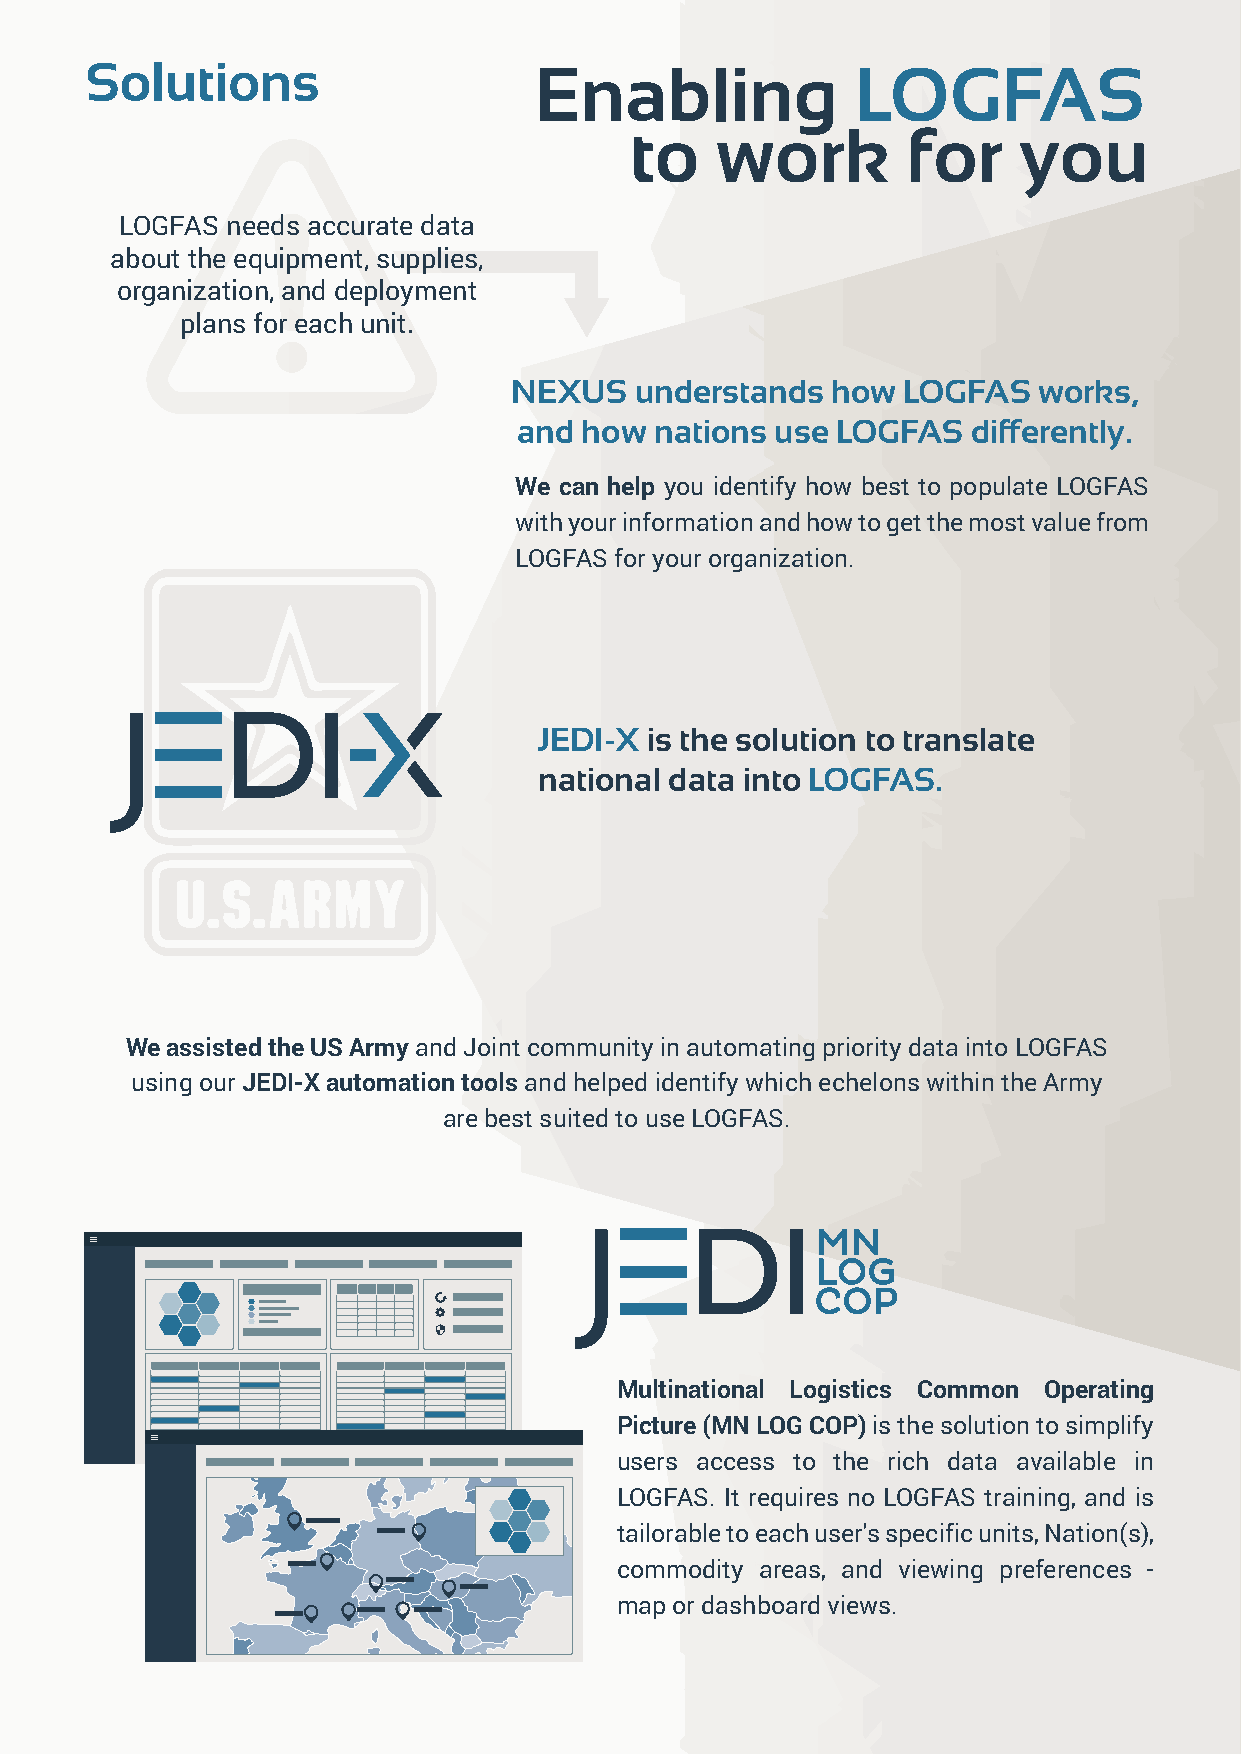
Solutions                    Enabling              LOGFAS
 to   work         for    you
 LOGFAS needs accurate data
 about the equipment, supplies,
 organization, and deployment
 plans for each unit.
 NEXUS   understands  how  LOGFAS   works,
 and how  nations use LOGFAS   differently.
 We can help you identify how best to populate LOGFAS
 with your information and how to get the most value from
 LOGFAS for your organization.
 JEDI-X is the solution to translate
 national data into LOGFAS.
 We assisted the US Army and Joint community in automating priority data into LOGFAS
 using our JEDI-X automation tools and helped identify which echelons within the Army
 are best suited to use LOGFAS.
 Multinational Logistics Common Operating
 Picture (MN LOG COP) is the solution to simplify
 users access to the rich data available in
 LOGFAS. It requires no LOGFAS training, and is
 tailorable to each user's specific units, Nation(s),
 commodity areas, and viewing preferences -
 map or dashboard views.